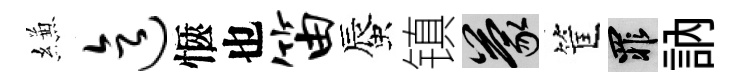
縑迄愜也笛蜃镇蒙筐罪訥